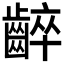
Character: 𪘧